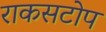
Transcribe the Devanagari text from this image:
राकसटोप